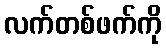
လက်တစ်ဖက်ကို